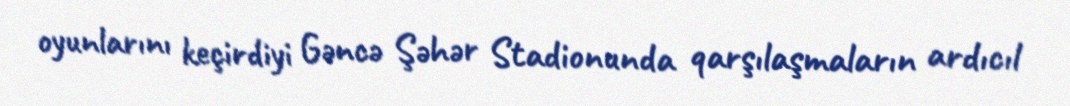
oyunlarını keçirdiyi Gəncə Şəhər Stadionunda qarşılaşmaların ardıcıl